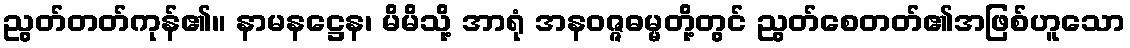
ညွတ်တတ်ကုန်၏။ နာမနဋ္ဌေန၊ မိမိသို့ အာရုံ အနဝဇ္ဇဓမ္မတို့တွင် ညွတ်စေတတ်၏အဖြစ်ဟူသော